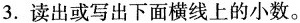
3.读出或写出下面横线上的小数。